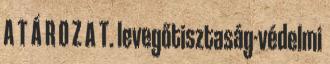
A T Á R O Z A T. levegőtisztaság-védelmi